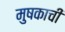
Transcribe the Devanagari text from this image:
मुषकाची